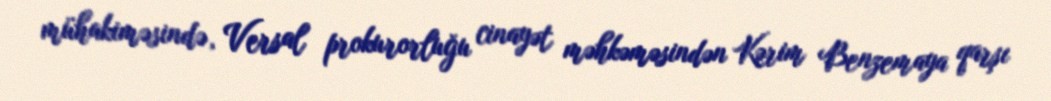
mühakiməsində, Versal prokurorluğu cinayət məhkəməsindən Kərim Benzemaya qarşı